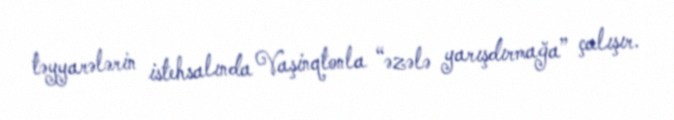
təyyarələrin istehsalında Vaşinqtonla “əzələ yarışdırmağa” çalışır.